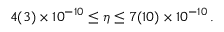
4 ( 3 ) \times 1 0 ^ { - 1 0 } \leq \eta \leq 7 ( 1 0 ) \times 1 0 ^ { - 1 0 } \, .